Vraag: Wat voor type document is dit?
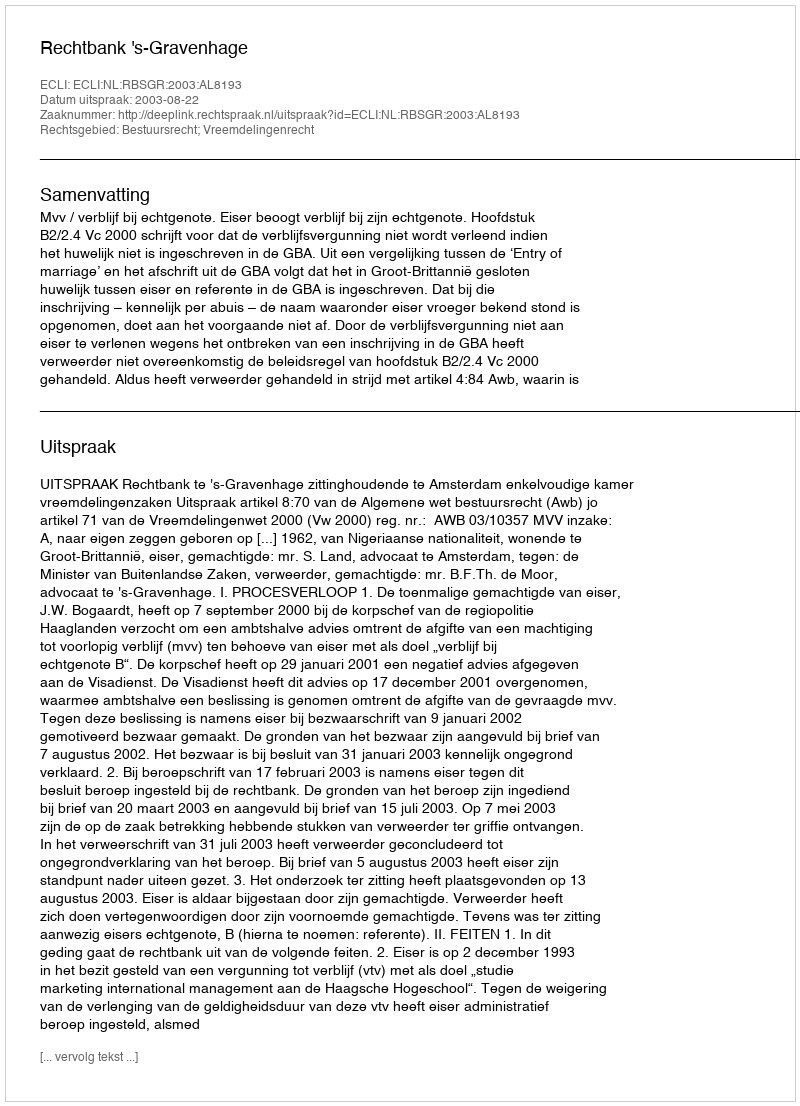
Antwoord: Uitspraak